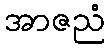
အာဇညံ